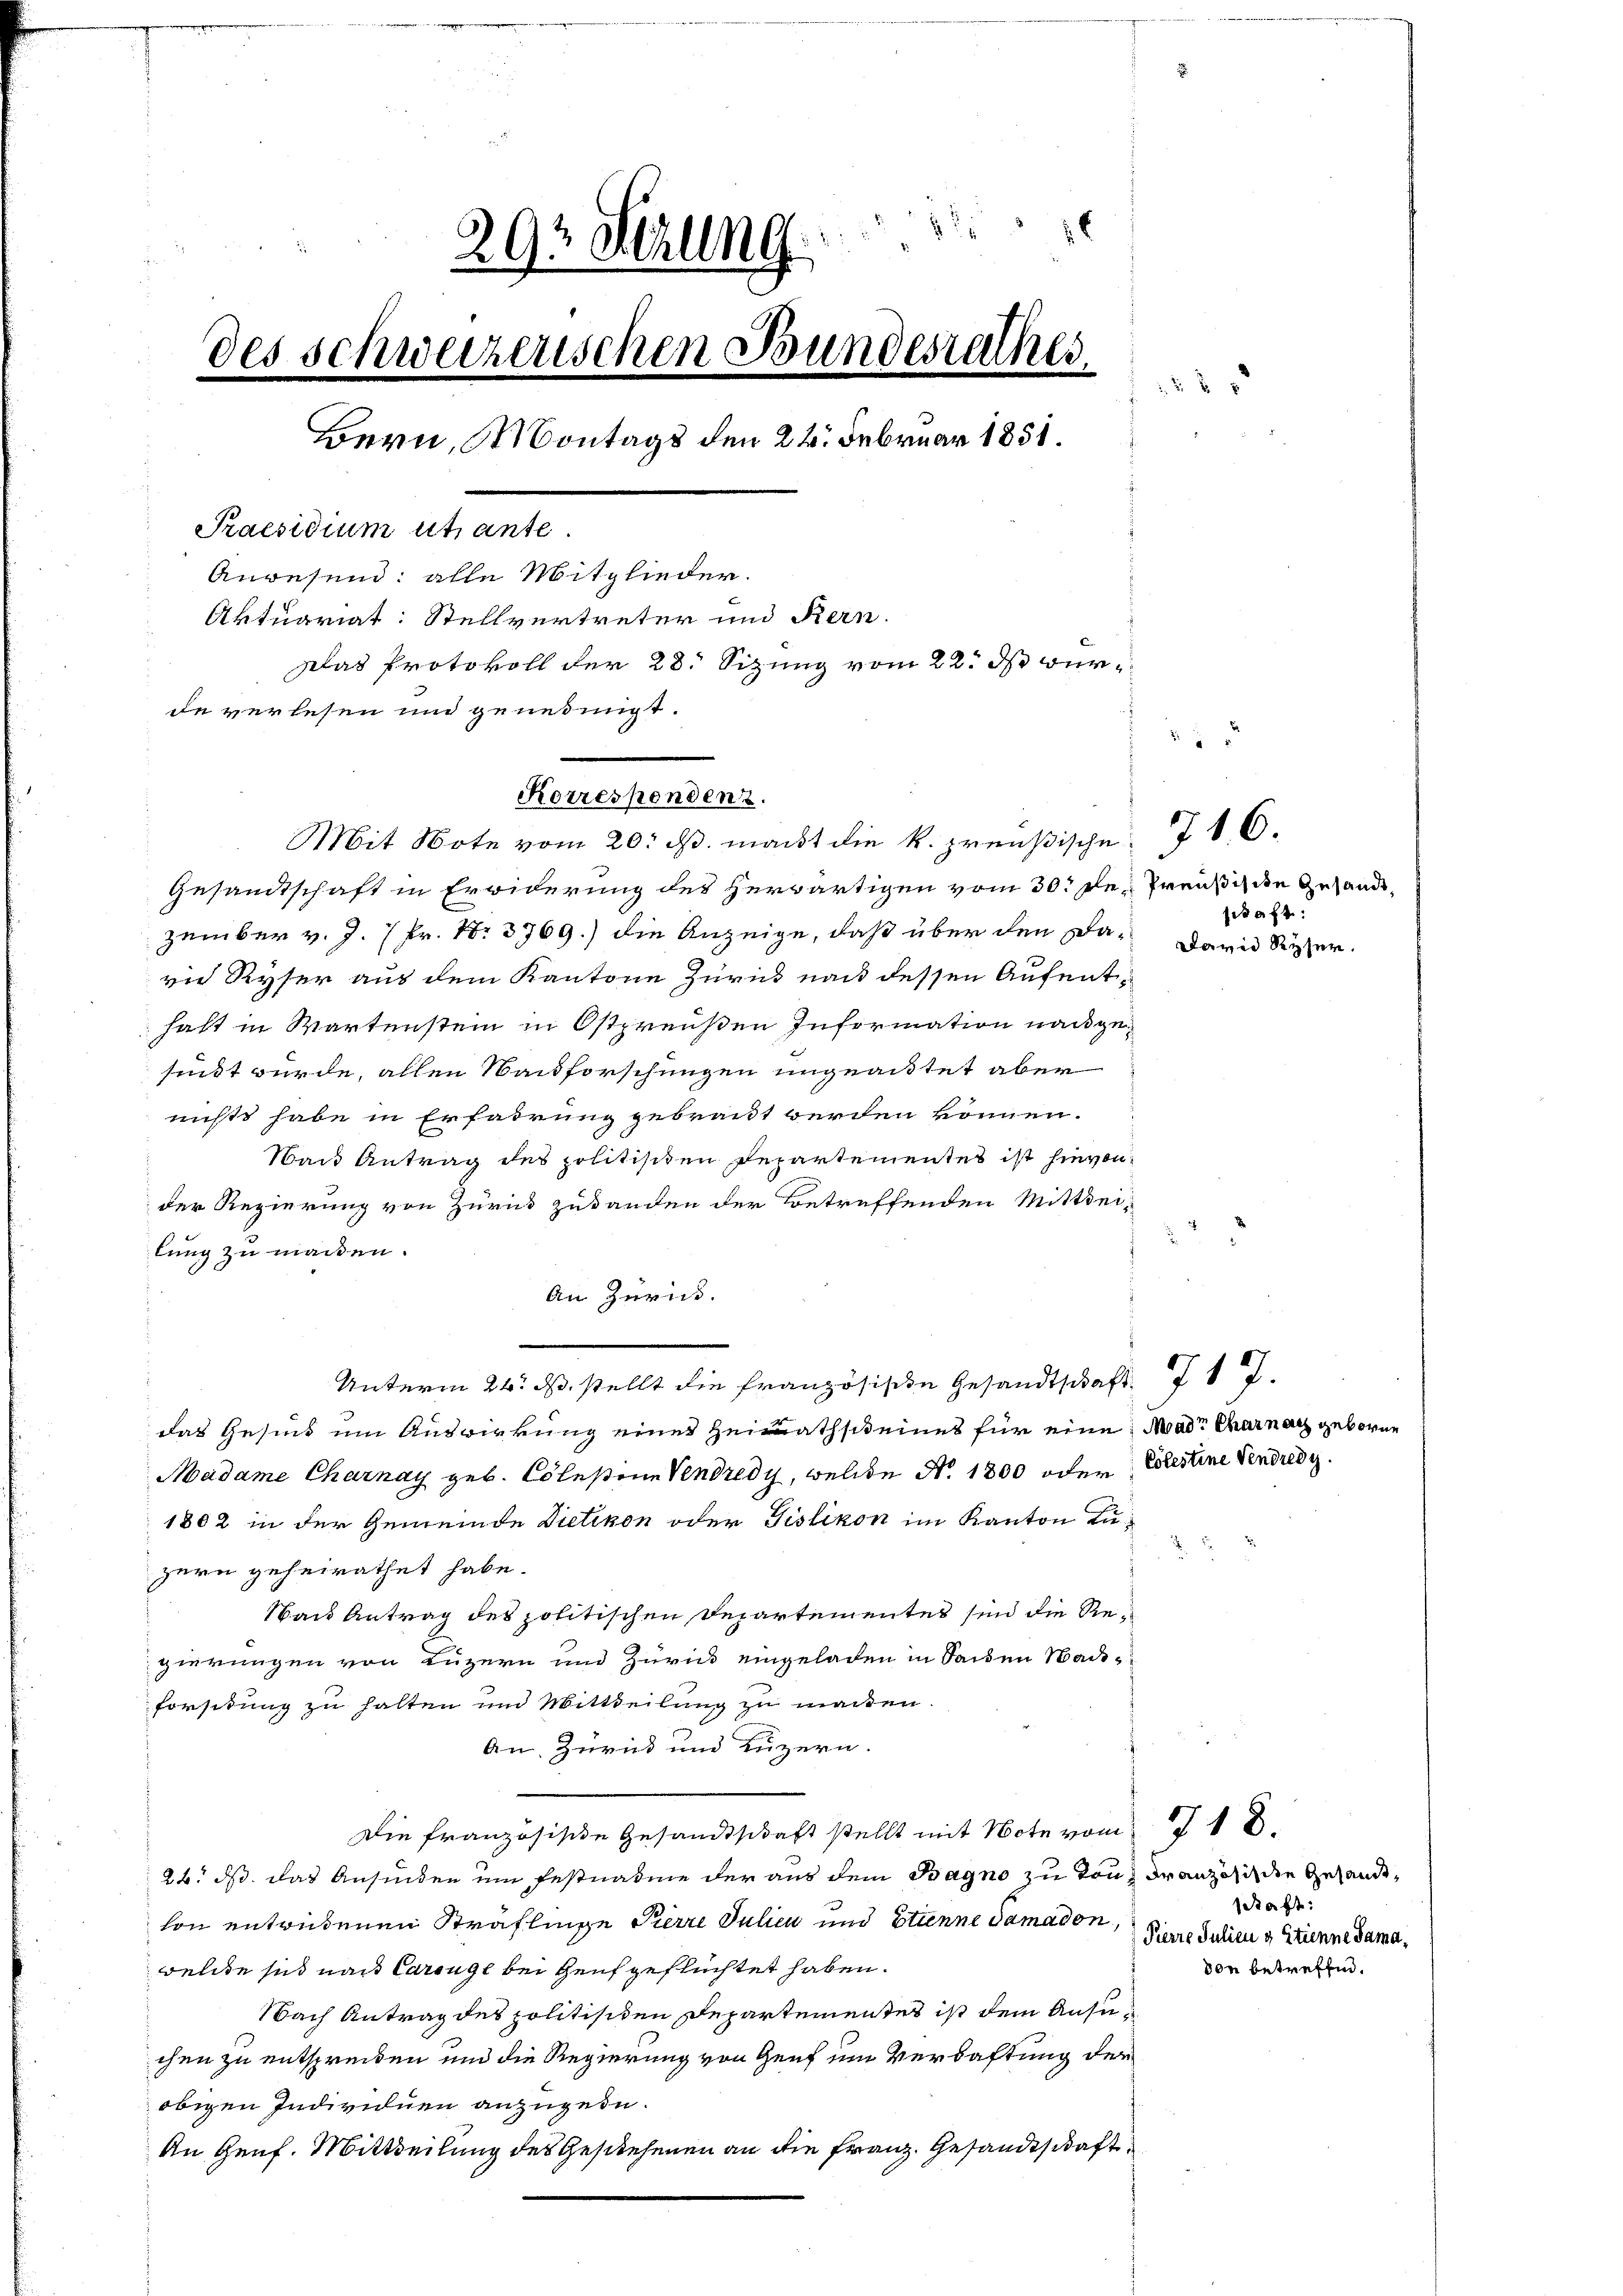
293 Sitzung
Des schweizerischen Bundesrathes
Bern, Montags den 22. Februar 1851.
Praesidium utante.
Anwesend: alle Mitglieder.
Aktuariat: Stellvertreter und Kern.
Das Protokoll der 28. Sizung vom 22. ds werde verlesen und genehmigt.

Korrespondent.
Mit Note vom 20. ds. mant die k. preußische

Gesandtschaft in Erwiderung des herwärtigen vom 30. Der Preußiste Gesandzember v. J. 7 Pr. No 3769.) die Anzeige, daß über den Davie Ryser aus dem Kantone Zurück nach dessen Aufenthaft in Wartenstein in Ostpreußen Information nachgesundt würde, allen Nachforschungen ungeachtet aber
nichts habe in Erfadrung gebraut werden können.
Wand Antrag des politisiten Departementes ist hievon
der Regierung von Zurück zuwanden der Betreffenden Mitthei-
lung zu machen.
An Zürich.
Unterm 24. ds. stellt die französische Gesandtschaft I 17.
das Gesind um Auswirkung eines Heimathscheines für eine Mad. Charnach geboren
Madame Charnay geb. Colestine Vendredy, welche No. 1800 oder Eolestine vendredi
1862 in der Gemeinde Dietikon oder Fislikon im Kanton Luzern geheirathet habe.
Wand Antrag des politischen Departementes sind die Regierungen von Luzern und Zurück eingeladen in Seiden Nach-
Forstung zu halten und Mittheilung zu machen.
An. Zurück und Luzern.
Die französische Gesandtschaft stellt mit Note vom 18.
24. ds. das Ansiden um Festnahme der aus dem Bagno zu Ton, Franzosis die Gesandtlon entretenen Sträflinge Kerre Julien und Etunne damadon,
welche sich nach Careuge bei Genf geflüchtet haben.
Nach Antrag des politisiten Departementes ist dem Ansuchen zu entspreiden und die Regierung von Genf im Verhaftung der
obigen Individuen anzugeben.
An Genf. Mittheilung des Geschehenen an die Franz. Gesandtschaft

716.
schaft.
David Ryser.

25

.

Staft:
Pierre Julieu & Etienne Samavon betreffen.